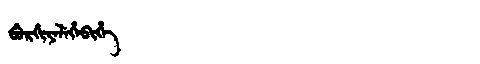
Manchu: ᠪᡠᡵᡤᡳᠶᡝᠯᡝᡥᡝᠪᡳᡥᡝ
Romanization: BURGIYELEHEBIHE